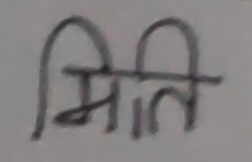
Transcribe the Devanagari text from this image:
मिति